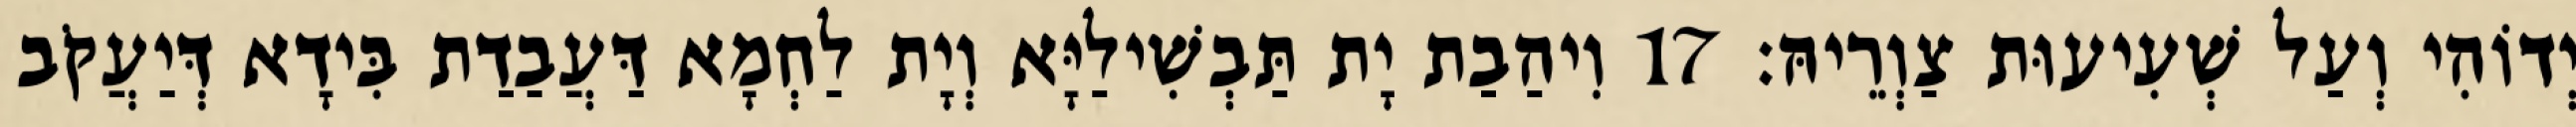
יְדוֹהִי וְעַל שְׁעִיעוּת צַוְרֵיהּ׃ 17 וִיהַבַת יָת תַּבְשִׁילַיָּא וְיָת לַחְמָא דַּעֲבַדַת בִּידָא דְּיַעֲקֹב